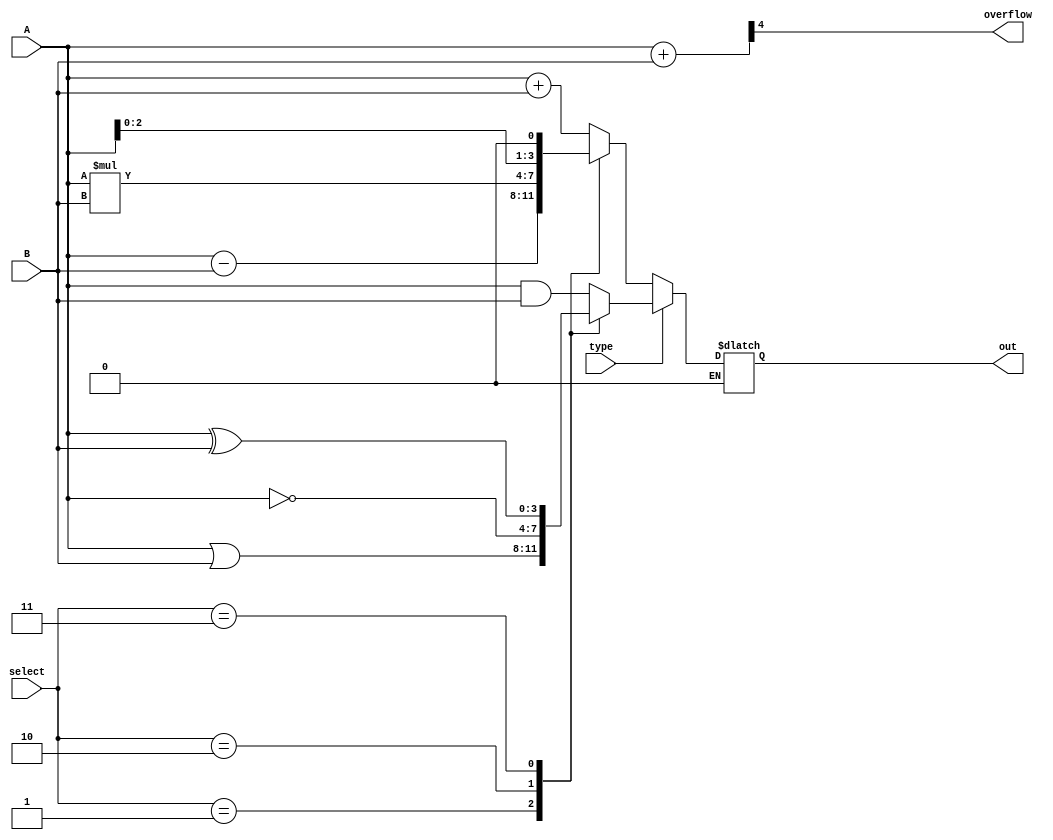
module calculator(
    input [3:0] A,B,
    input type, 
    input [1:0] select,
    output overflow,
    output [3:0] out
    );
    
    reg [3:0] result;
    wire [4:0] tmp;
    assign out = result; 
    assign tmp = {1'b0,A} + {1'b0,B};
    assign overflow = tmp[4];
    
    always @(*)
    begin
    if (type == 0)
    
    begin
    case (select)
    2'b00: result = A + B;
    2'b01: result = A - B; 
    2'b10: result = A * B;
    2'b11: result = A<<1;
    default: result = A+B;
    endcase
    end
    
    else if (type == 1)
    begin
    case(select)
    2'b00: result = A&B;
    2'b01: result = A|B;
    2'b10: result = ~A; 
    2'b11: result = A^B;
    default result = A&B;
    endcase
    end
    end
endmodule